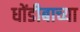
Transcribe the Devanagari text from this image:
धोंडीबाच्या